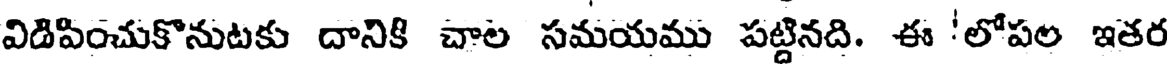
విడిపించుకొనుటకు దానికి చాల సమయము పట్టినది. ఈ 'లోపల ఇతర